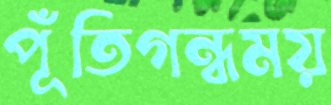
পূঁতিগন্ধময়